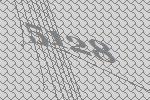
5128